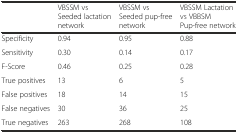
|  | VBSSM vs Seeded lactation network | VBSSM vs Seeded pup-free network | VBSSM Lactation vs VBBSM Pup-free network |
 | --- | --- | --- | --- |
 | Specificity | 0.94 | 0.95 | 0.88 |
 | Sensitivity | 0.30 | 0.14 | 0.17 |
 | F-Score | 0.46 | 0.25 | 0.28 |
 | True positives | 13 | 6 | 5 |
 | False positives | 18 | 14 | 15 |
 | False negatives | 30 | 36 | 25 |
 | True negatives | 263 | 268 | 108 |